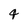
Character: 4